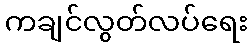
ကချင်လွတ်လပ်ရေး